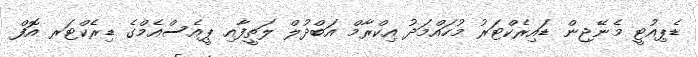
ޑެޕިއުޓީ މެނޭޖިން ޑައިރެކްޓަރު މުހައްމަދު އިކްރާމް އަބްދުލް ލަތީފާއި ޕީއެސްއެމްގެ ޑިރެކްޓަރ އޮފް